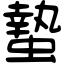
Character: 蟄